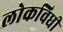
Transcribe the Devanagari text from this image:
लोकविधी